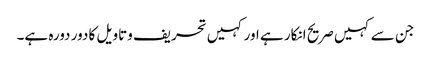
جن سے کہیں صریح انکار ہے اور کہیں تحریف وتاویل کا دور دورہ ہے۔